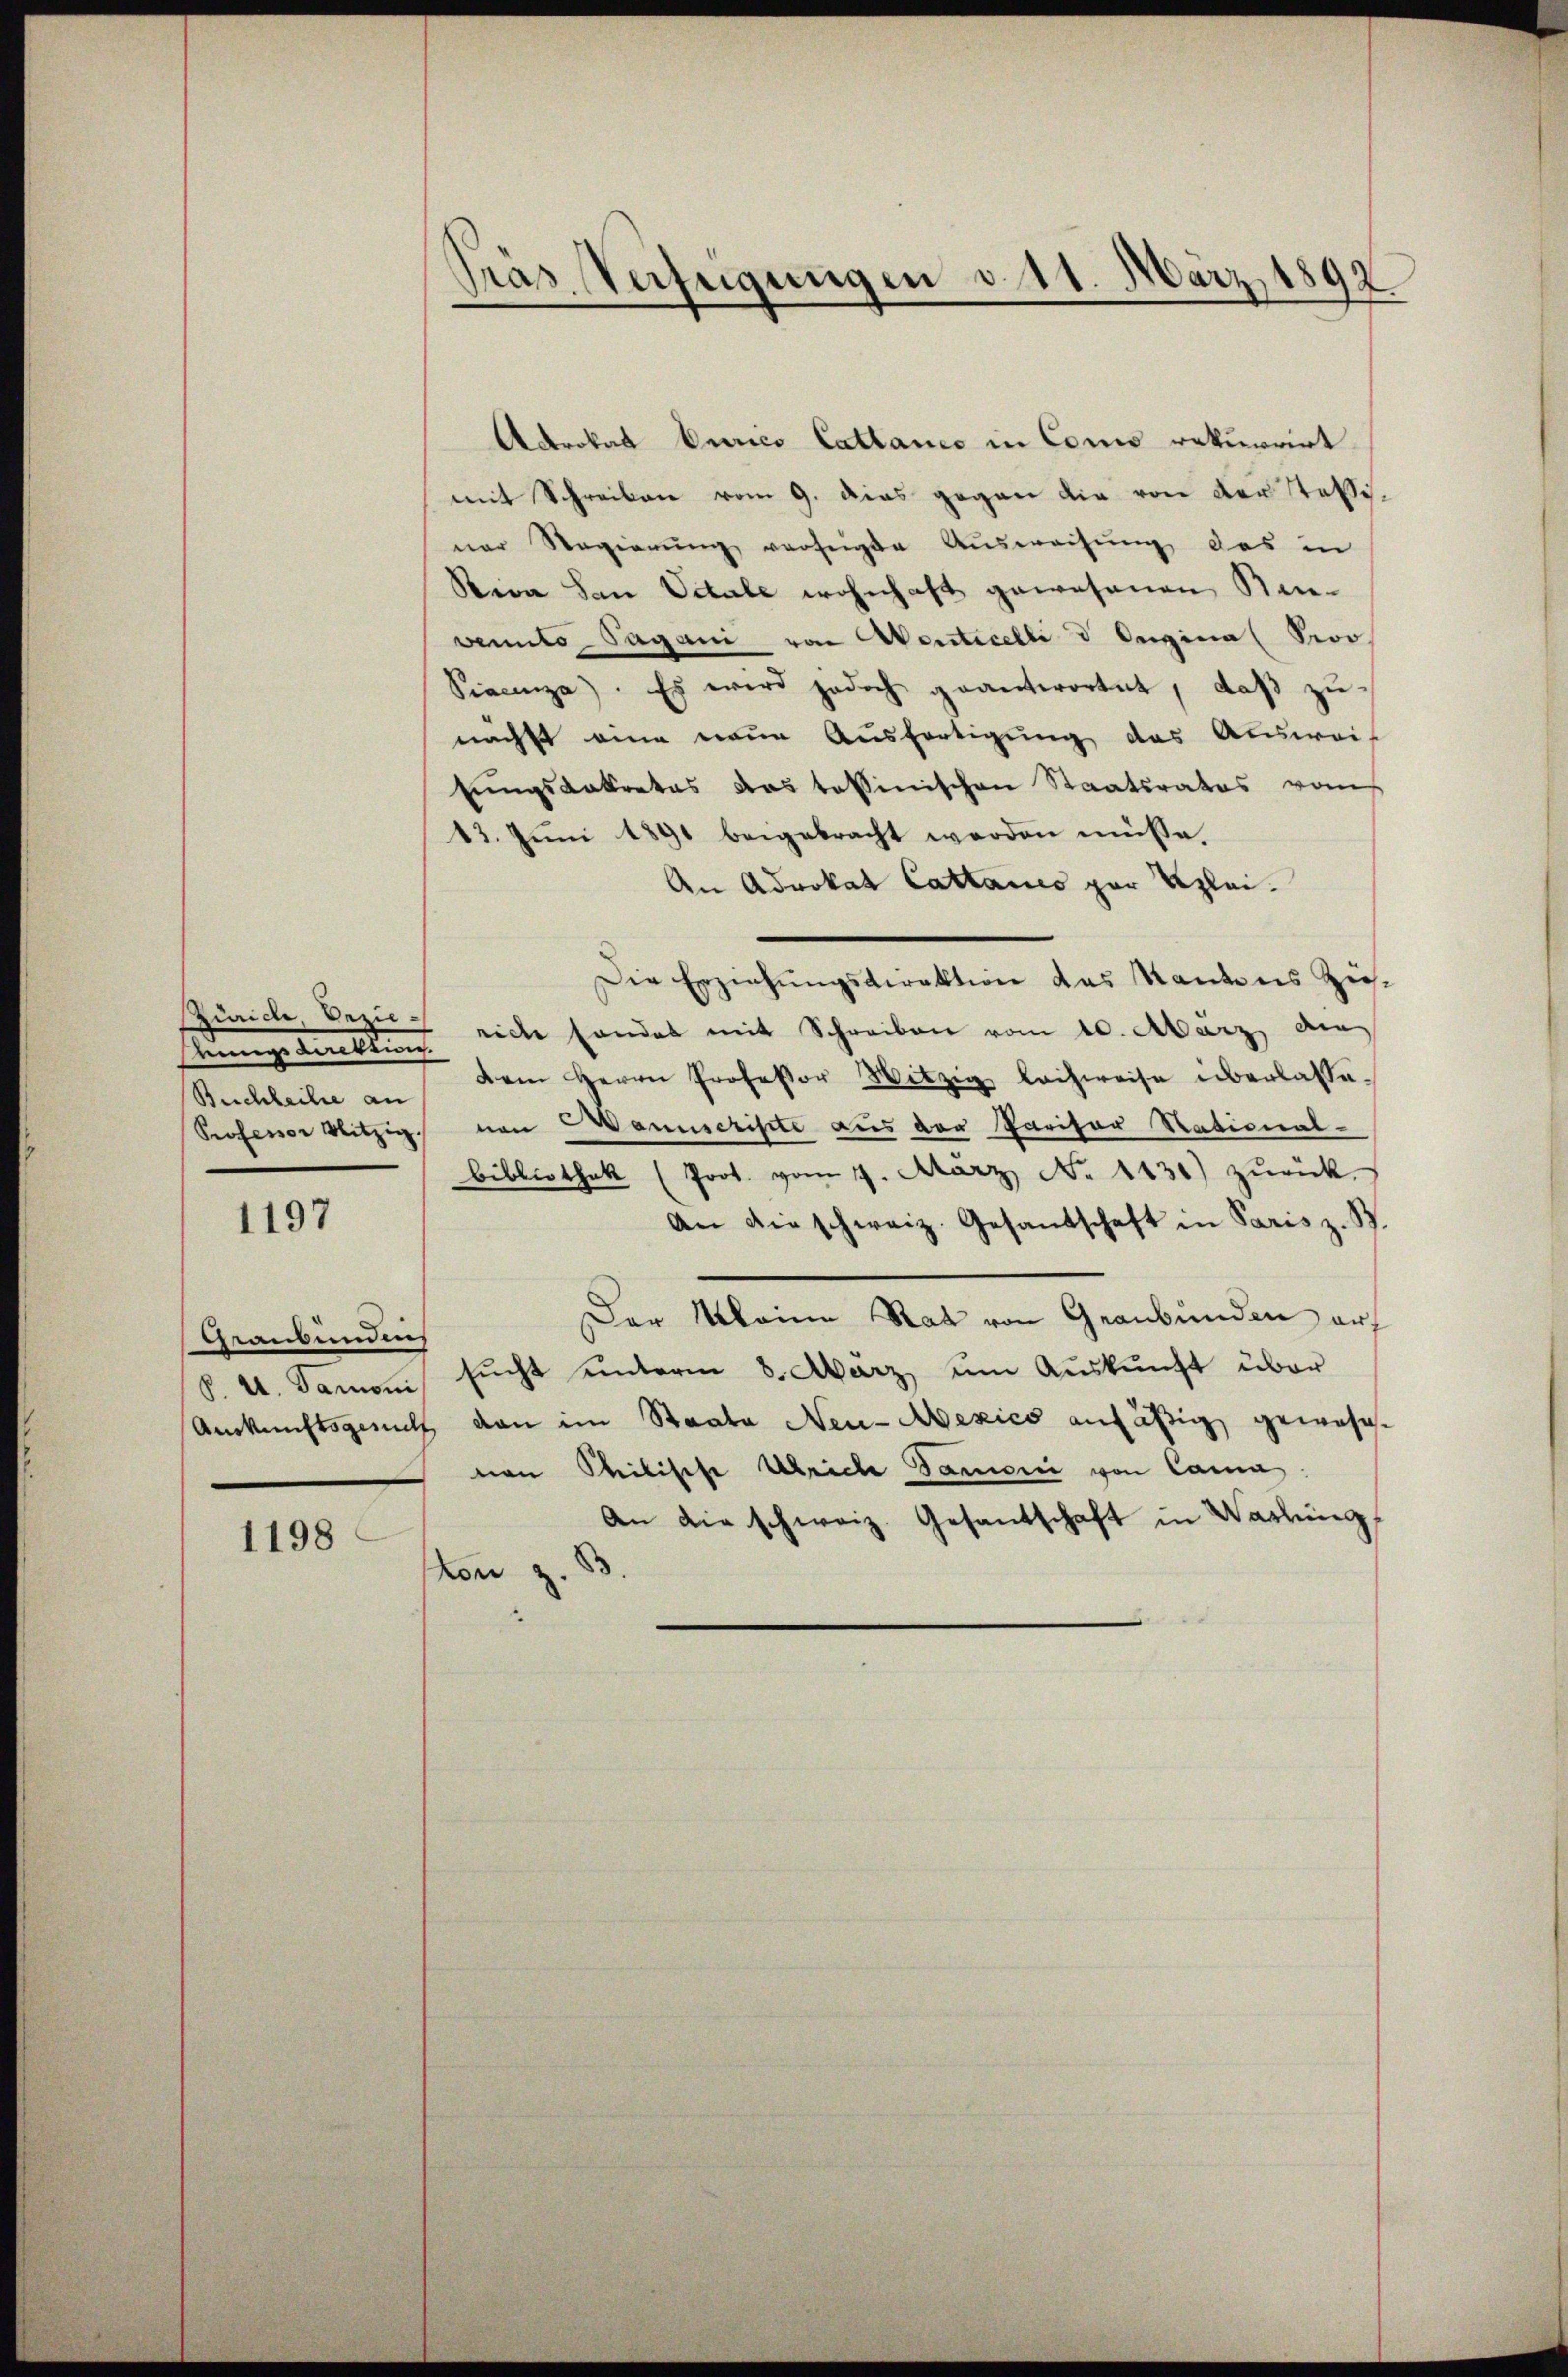
ungsdirektion.

1197

Graubündens

1198

Pras Verfügungen d. 11. März 1892

Akrokat Curico Cattanco in Como rekurrirt
mit Schreiben vom 9. dies gegen die von der Tessiner Regierŭng verfeigte Ausweisung des in
Rica San Octale wohnhaft gewesenen Sei-
venito-Pagani von Venticelli & Origina (Proo
Siacenza. Es wird jedoch geantwortet, daß zunächst eine neue Ausfertigung des Ausweis
tŭngsdekretas das tessinischen Staatsrates vom
13. Juni 1891 beigebracht werden müsse.
An Advokat Cattanis par Reglei¬
Die Erziehungsdirektion das Kantons Zü¬
Zürich, Bezie- eiche handes mit Schreiben vom 10. März a
Reichheiter dem Herrn Professor Witzig leihweise überlasse¬
Professor Witzig von Banuscripte aus der Paritor Stational-
Bibliothek (Prot. vom 1. März No. 1431) zŭrück.
An die schweiz. Gesandschaft in Paris z. B.
Der Meine Rat von Graubünden auf
P. 4. Samoni sŭcht ŭnterm 8. März ŭm Aŭskŭnft über
Auskunftsgesucht von im Staate Neu-Mexico ansäßig gewohnvon Philische Ulriche Samonii von Cama:
An die schweiz. Gesantschaft in Wartung
.
von